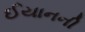
ઈયાનની